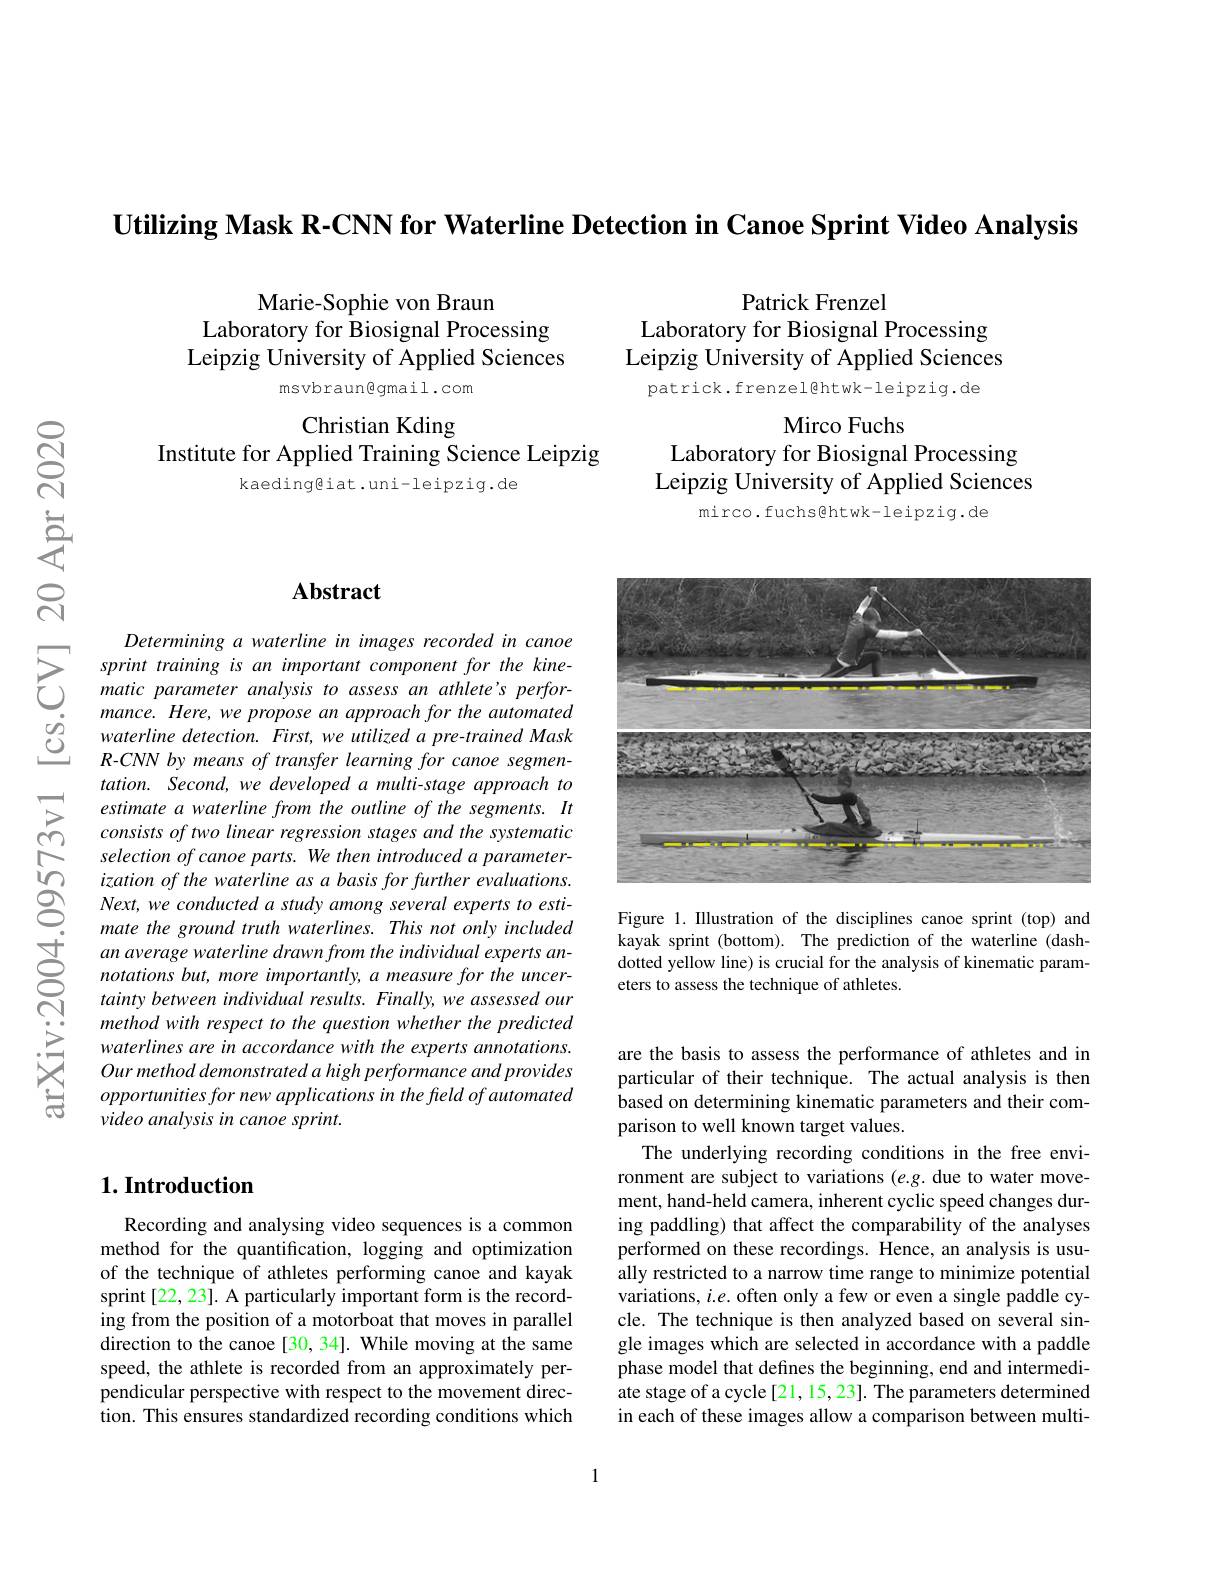
Utilizing Mask R-CNN for Waterline Detection in Canoe Sprint Video Analysis

Marie-Sophie von Braun

Laboratory for Biosignal Processing

Leipzig University of Applied Sciences

msvbraun@gmail.com

Christian Kding
Institute for Applied Training Science Leipzig
kaeding@iat.uni-leipzig.de

Patrick Frenzel
Laboratory for Biosignal Processing Leipzig University of Applied Sciences
patrick. frenzel@htwk-leipzig.de

Mirco Fuchs
Laboratory for Biosignal Processing Leipzig University of Applied Sciences

mirco.fuchs@htwk-leipzig.de

<FigureHere>

Figure 1. Illustration of the disciplines canoe sprint (top) and kayak sprint (bottom). The prediction of the waterline (dashdotted yellow line) is crucial for the analysis of kinematic parameters to assess the technique of athletes.

## $\mathbf{Abstract}$

Determining a waterline in images recorded in canoe sprint training is an important component for the kinematic parameter analysis to assess an athlete's performance. Here, we propose an approach for the automated waterline detection. First, we utilized a pre-trained Mask R-CNN by means of transfer learning for canoe segmentation. Second, we developed a multi-stage approach to estimate a waterline from the outline of the segments. It consists of two linear regression stages and the systematic selection of canoe parts. We then introduced a parameterization of the waterline as a basis for further evaluations. Next, we conducted a study among several experts to estimate the ground truth waterlines. This not only included an average waterline drawn from the individual experts annotations but, more importantly, a measure for the uncertainty between individual results. Finally, we assessed our method with respect to the question whether the predicted waterlines are in accordance with the experts annotations. Our method demonstrated a high performance and provides opportunities for new applications in the freld of automated video analysis in canoe sprint.

## $1. \textbf{Introduction}$

Recording and analysing video sequences is a common method for the quantification, logging and optimization of the technique of athletes performing canoe and kayak sprint[22,23]. A particularly important form is the recording from the position of a motorboat that moves in parallel direction to the canoe [30, 34]. While moving at the same speed, the athlete is recorded from an approximately perpendicular perspective with respect to the movement direction. This ensures standardized recording conditions which

are the basis to assess the performance of athletes and in particular of their technique. The actual analysis is then based on determining kinematic parameters and their comparison to well known target values.
The underlying recording conditions in the free environment are subject to variations (e.g. due to water movement, hand-held camera, inherent cyclic speed changes during paddling) that affect the comparability of the analyses performed on these recordings. Hence, an analysis is usually restricted to a narrow time range to minimize potential variations, $i.e.$ often only a few or even a single paddle cycle. The technique is then analyzed based on several single images which are selected in accordance with a paddle phase model that defines the beginning, end and intermediate stage of a cycle [21, 15, 23]. The parameters determined in each of these images allow a comparison between multi-